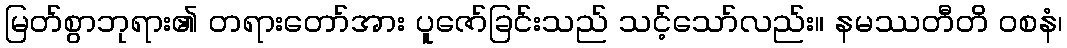
မြတ်စွာဘုရား၏ တရားတော်အား ပူဇော်ခြင်းသည် သင့်သော်လည်း။ နမဿတီတိ ဝစနံ၊